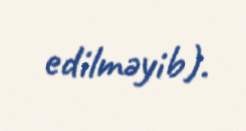
edilməyib).